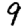
Digit: 9